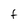
Character: F